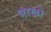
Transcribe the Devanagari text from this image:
नाखो